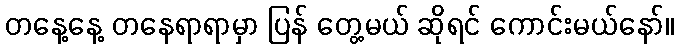
တနေ့နေ့ တနေရာရာမှာ ပြန် တွေ့မယ် ဆိုရင် ကောင်းမယ်နော်။